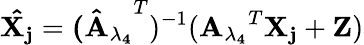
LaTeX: \mathbf{\hat{X_{j}}}=\mathbf{(\hat{A}_{\lambda_{4}}}^{T})^{-1}(\mathbf{{A_{\lambda_{4}}}}^{T}\mathbf{X_{j}}+\mathbf{Z})